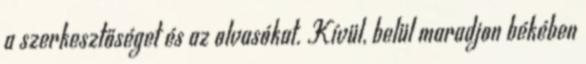
a szerkesztőséget és az olvasókat. Kívül, belül maradjon békében